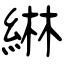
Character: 綝